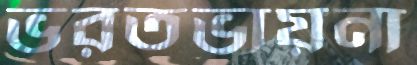
ভরতভায়না